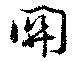
關